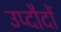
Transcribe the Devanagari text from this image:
उप्दौदों